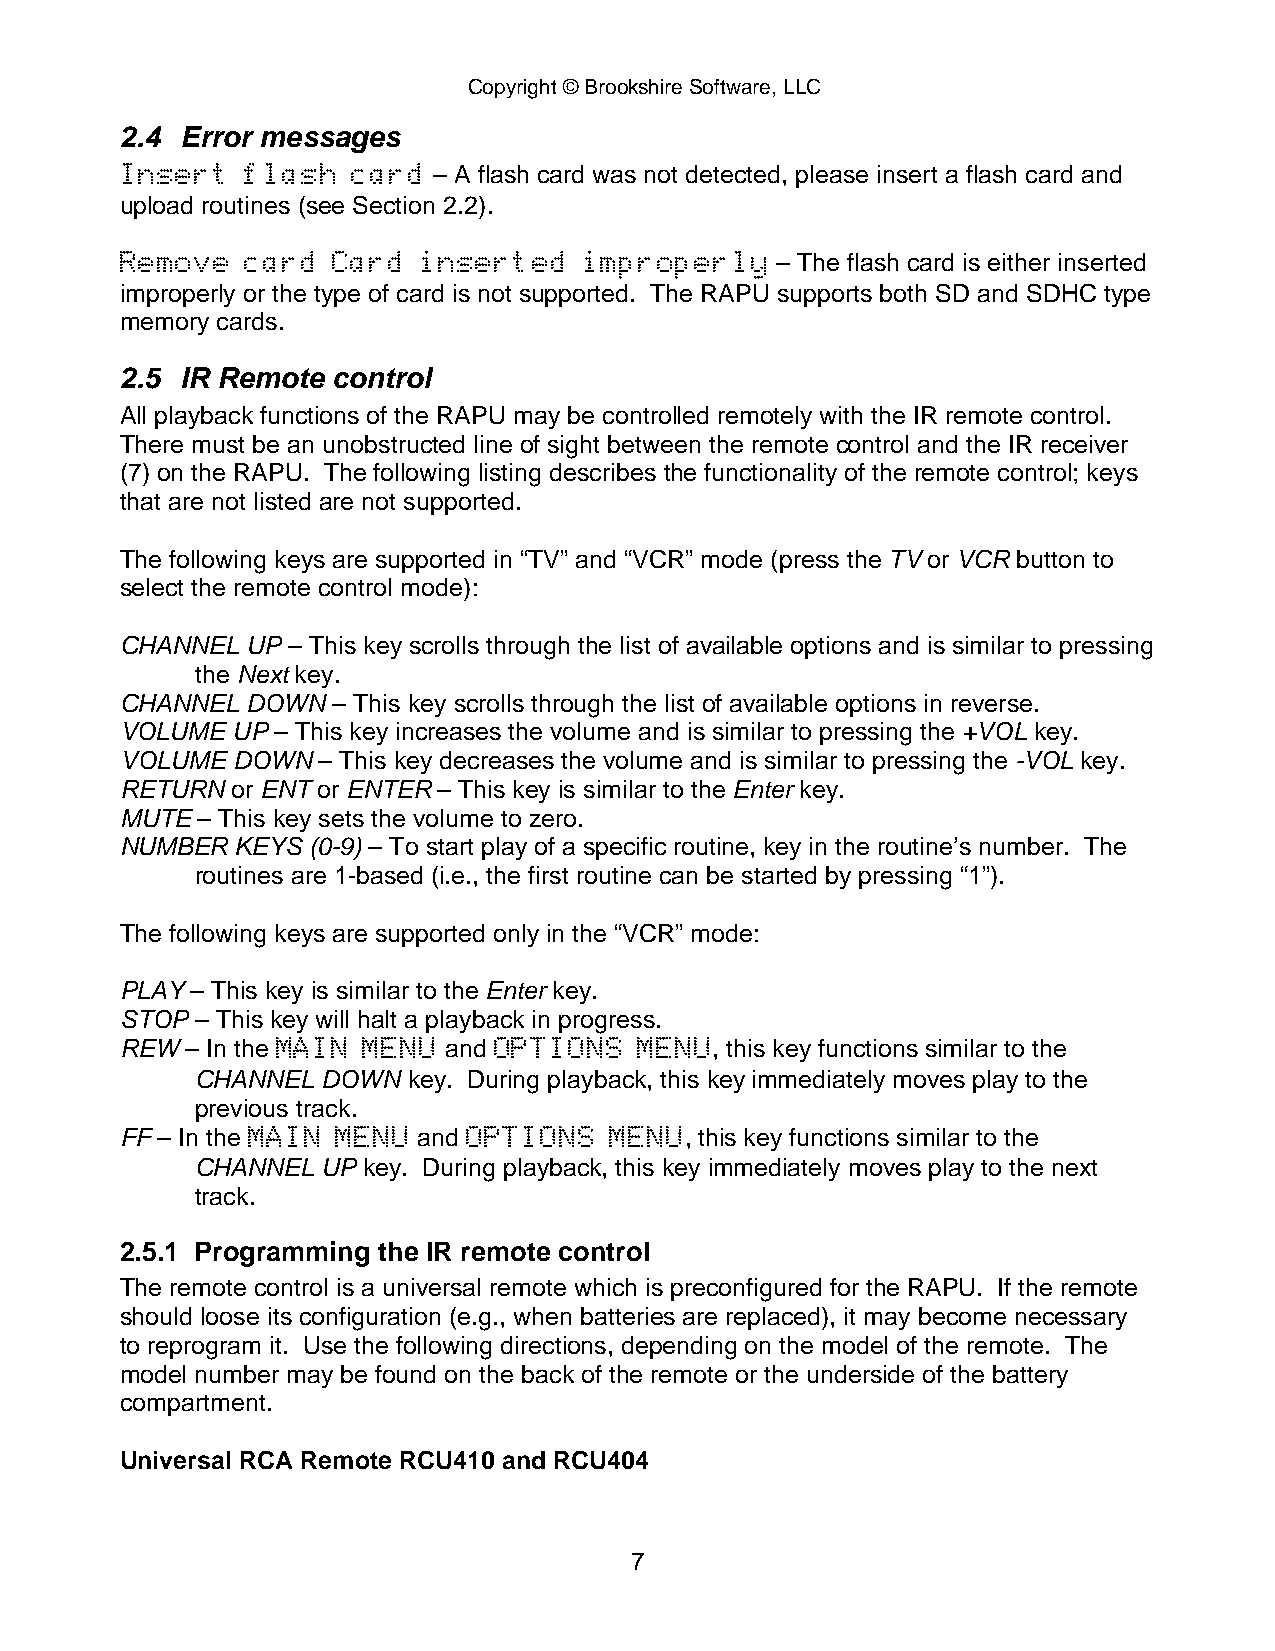
Copyright © Brookshire Software, LLC
 2.4 Error messages
 Insert  flash  card  – A flash card was not detected, please insert a flash card and
 upload routines (see Section 2.2).
 Remove  card  Card  inserted   improperly  – The flash card is either inserted
 improperly or the type of card is not supported. The RAPU supports both SD and SDHC type
 memory cards.
 2.5 IR Remote control
 All playback functions of the RAPU may be controlled remotely with the IR remote control.
 There must be an unobstructed line of sight between the remote control and the IR receiver
 (7) on the RAPU. The following listing describes the functionality of the remote control; keys
 that are not listed are not supported.
 The following keys are supported in “TV” and “VCR” mode (press the TV or VCR button to
 select the remote control mode):
 CHANNEL UP – This key scrolls through the list of available options and is similar to pressing
 the Next key.
 CHANNEL DOWN  – This key scrolls through the list of available options in reverse.
 VOLUME UP – This key increases the volume and is similar to pressing the +VOL key.
 VOLUME DOWN  – This key decreases the volume and is similar to pressing the -VOL key.
 RETURN or ENT or ENTER – This key is similar to the Enter key.
 MUTE – This key sets the volume to zero.
 NUMBER  KEYS (0-9) – To start play of a specific routine, key in the routine’s number. The
 routines are 1-based (i.e., the first routine can be started by pressing “1”).
 The following keys are supported only in the “VCR” mode:
 PLAY – This key is similar to the Enter key.
 STOP – This key will halt a playback in progress.
 REW – In the MAIN MENU and OPTIONS MENU, this key functions similar to the
 CHANNEL DOWN  key. During playback, this key immediately moves play to the
 previous track.
 FF – In the MAIN MENU and OPTIONS MENU, this key functions similar to the
 CHANNEL UP key. During playback, this key immediately moves play to the next
 track.
 2.5.1 Programming the IR remote control
 The remote control is a universal remote which is preconfigured for the RAPU. If the remote
 should loose its configuration (e.g., when batteries are replaced), it may become necessary
 to reprogram it. Use the following directions, depending on the model of the remote. The
 model number may be found on the back of the remote or the underside of the battery
 compartment.
 Universal RCA Remote RCU410 and RCU404
 7